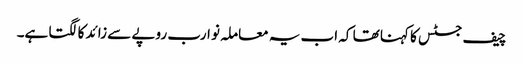
چیف جسٹس کا کہنا تھا کہ اب یہ معاملہ نو ارب روپے سے زائد کا لگتا ہے۔